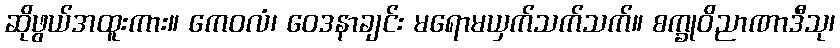
ဆိုဖွယ်အထူးကား။ ကေဝလံ၊ ဝေဒနာချင်း မရောမယှက်သက်သက်။ စက္ခုဝိညာဏာဒီသု၊